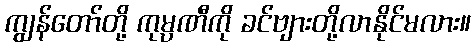
ကျွန်တော်တို့ ကုမ္ပဏီကို ခင်ဗျားတို့လာနိုင်မလား။